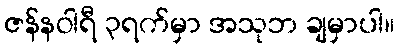
ဇန်နဝါရီ ၃ရက်မှာ အသုဘ ချမှာပါ။